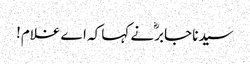
سیدنا جابرؓ نے کہا کہ اے غلام!